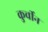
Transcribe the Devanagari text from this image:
कुर्चीन